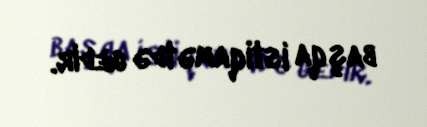
başqa istiqamətdə gedir.